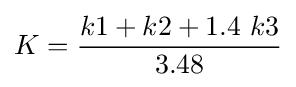
K={\frac {k1+k2+1.4\ k3}{3.48}}